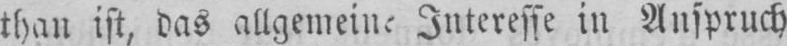
Interesse in Anspruch